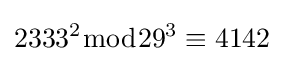
2333^{2}{\bmod {29^{3}}}\equiv 4142